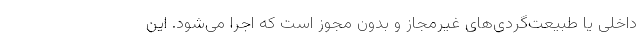
داخلی یا طبیعت‌گردی‌های غیرمجاز و بدون مجوز است که اجرا می‌شود. این